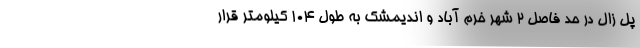
پل زال در حد فاصل ۲ شهر خرم آباد و اندیمشک به طول ۱۰۴ کیلومتر قرار